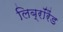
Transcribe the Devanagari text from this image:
लिब्रॉरैंड